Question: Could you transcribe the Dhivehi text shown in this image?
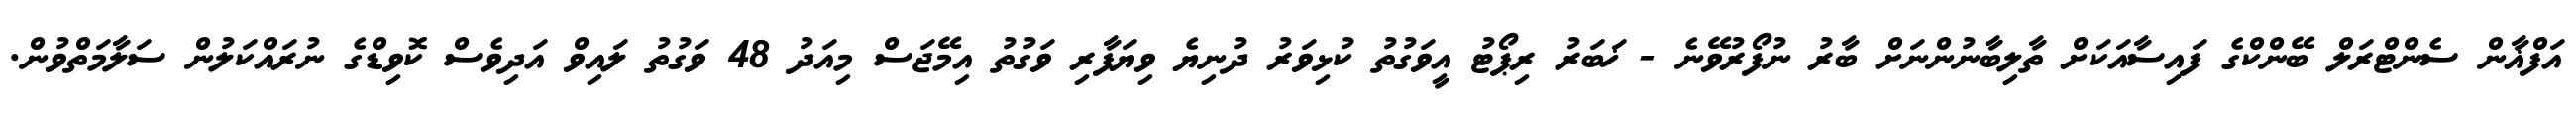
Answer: އަފްޣާން ސެންޓްރަލް ބޭންކްގެ ފައިސާއަކަށް ތާލިބާނުންނަށް ބާރު ނުފޯރުވޭނެ - ޚަބަރު ރިޕޯޓު އީވަގުތު ކުޅިވަރު ދުނިޔެ ވިޔަފާރި ވަގުތު އިމޭޖަސް މިއަދު 48 ވަގުތު ލައިވް އަދިވެސް ކޮވިޑްގެ ނުރައްކަލުން ސަލާމަތްވުން.